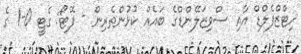
ހިޓްޒްފެލްޑް އާއި ސްވިޒަލޭންޑްގެ ބައެއް ކުޅުންތެރިން - ފޮޓޯ: ގެޓީ 0-1 ގެ